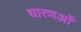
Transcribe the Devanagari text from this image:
धारणओं